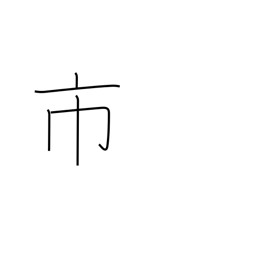
Meaning: city